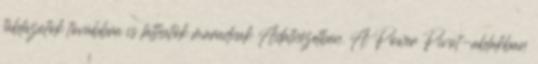
táblázatok továbbra is láthatók maradnak Adatnézetben. A Power Pivot-ablakban